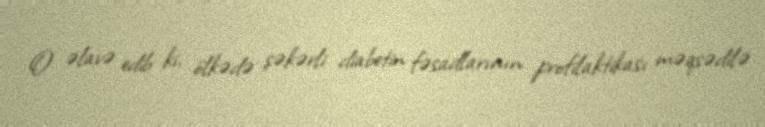
O əlavə edib ki, ölkədə şəkərli diabetin fəsadlarının profilaktikası məqsədilə